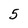
Character: 5